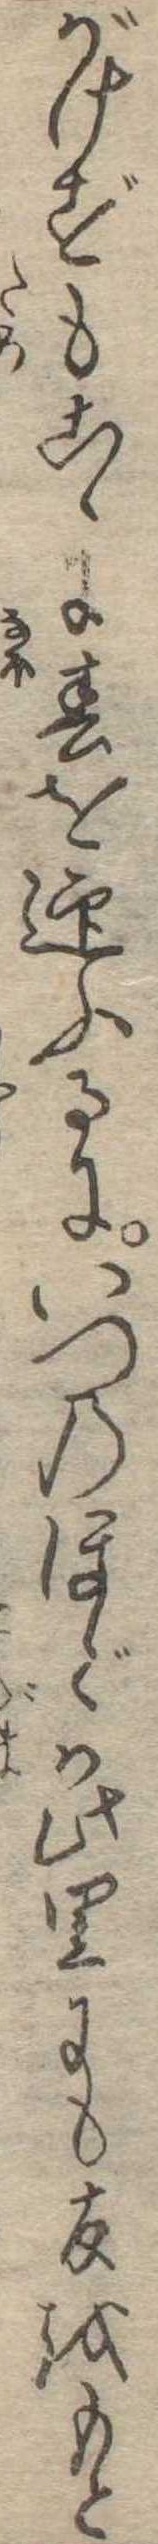
がけずもこゝに春を迎ふるにいつのほどか此里にも友をもと